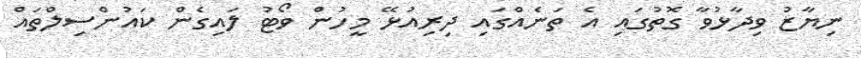
ނިޔާޒު ވިދާޅުވާ ގޮތުގައި އެ ތަނެއްގައި ދިރިއުޅޭ މީހުން ވޯޓު ލައިގެން ކައުންސިލްތައް